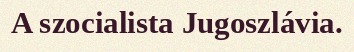
A szocialista Jugoszlávia.